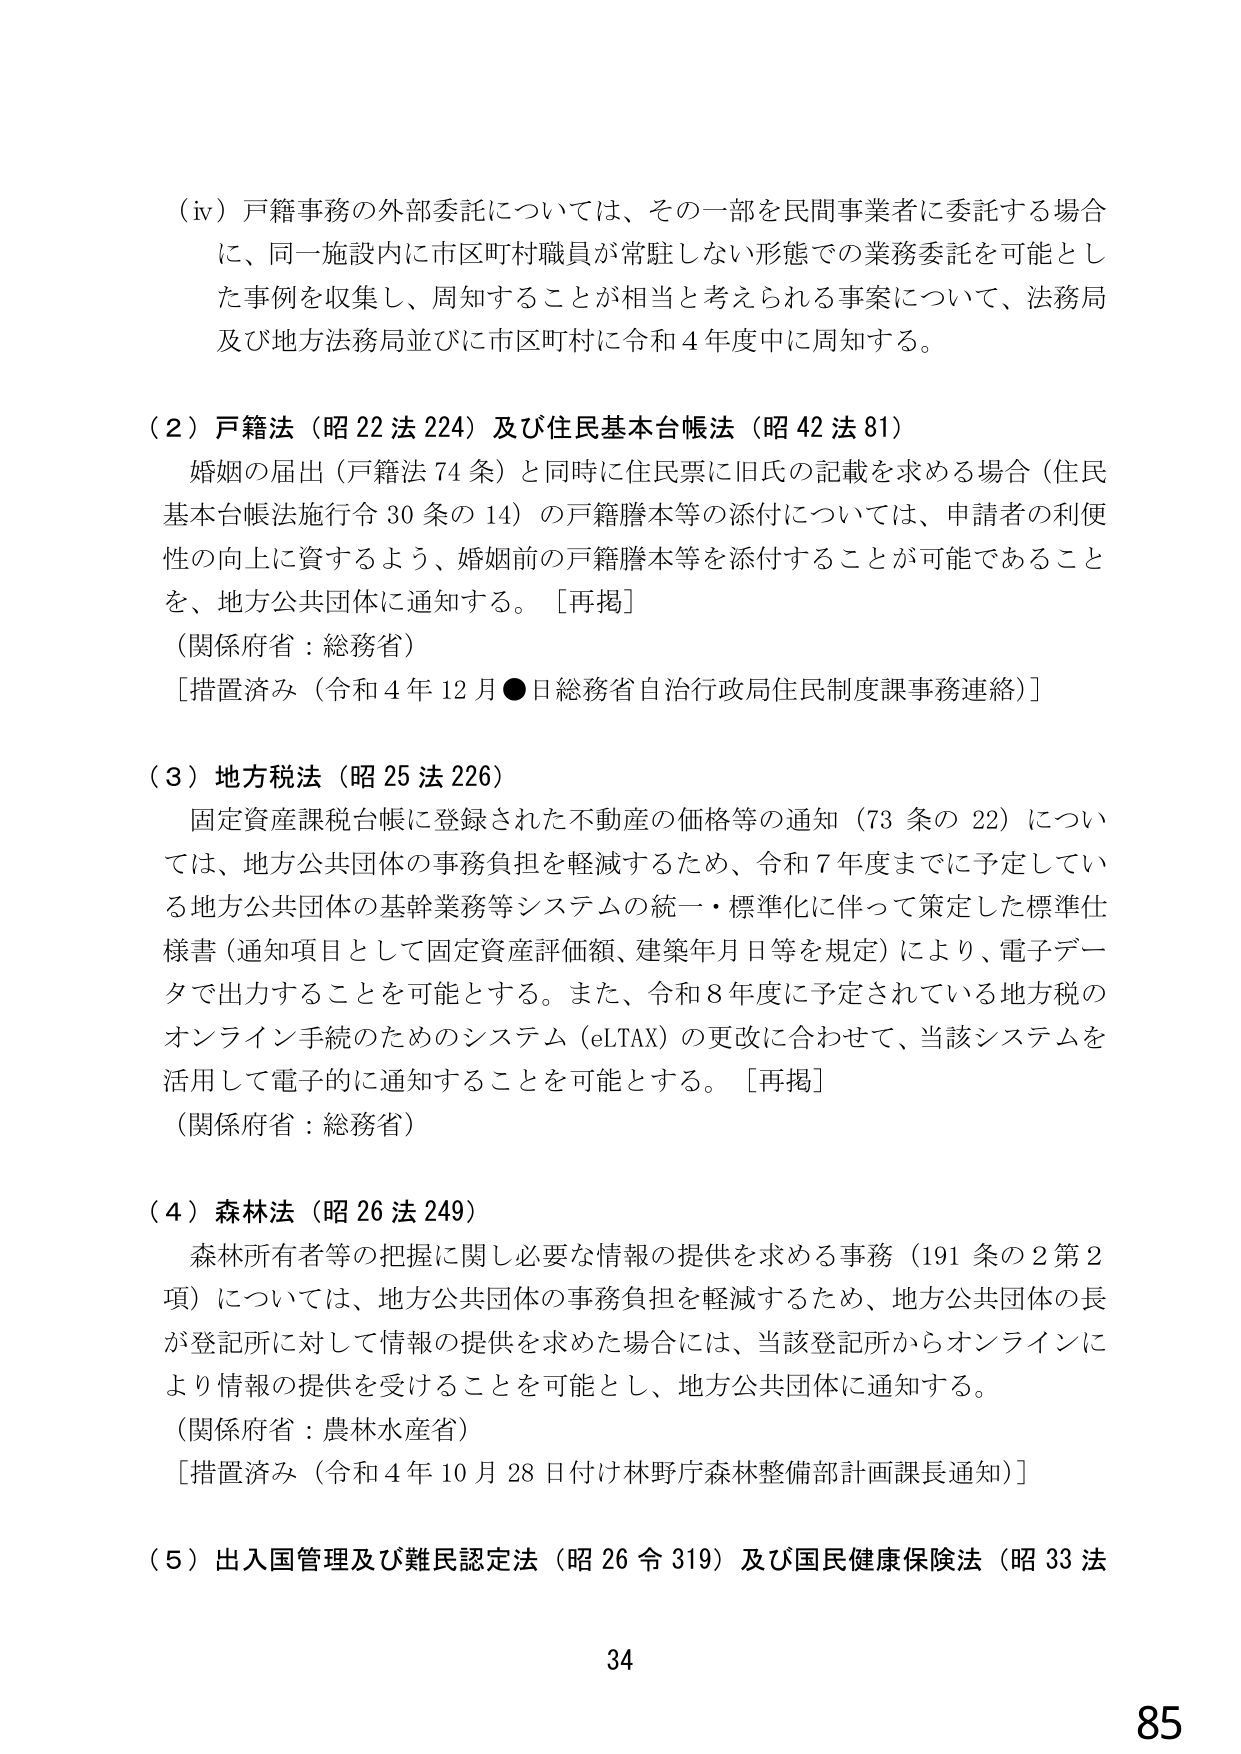
（iv）戸籍事務の外部委託については、その一部を民間事業者に委託する場合に、同一施設内に市区町村職員が常駐しない形態での業務委託を可能とした事例を収集し、周知することが相当と考えられる事案について、法務局及び地方法務局並びに市区町村に令和４年度中に周知する。

（２）戸籍法（昭22法224）及び住民基本台帳法（昭42法81）
　婚姻の届出（戸籍法74条）と同時に住民票に旧氏の記載を求める場合（住民基本台帳法施行令30条の14）の戸籍謄本等の添付については、申請者の利便性の向上に資するよう、婚姻前の戸籍謄本等を添付することが可能であることを、地方公共団体に通知する。［再掲］
（関係府省：総務省）
［措置済み（令和４年12月●日総務省自治行政局住民制度課事務連絡）］

（３）地方税法（昭25法226）
　固定資産課税台帳に登録された不動産の価格等の通知（73条の22）については、地方公共団体の事務負担を軽減するため、令和７年度までに予定している地方公共団体の基幹業務等システムの統一・標準化に伴って策定した標準仕様書（通知項目として固定資産評価額、建築年月日等を規定）により、電子データで出力することを可能とする。また、令和８年度に予定されている地方税のオンライン手続のためのシステム（eLTAX）の更改に合わせて、当該システムを活用して電子的に通知することを可能とする。［再掲］
（関係府省：総務省）

（４）森林法（昭26法249）
　森林所有者等の把握に関し必要な情報の提供を求める事務（191条の2第2項）については、地方公共団体の事務負担を軽減するため、地方公共団体の長が登記所に対して情報の提供を求めた場合には、当該登記所からオンラインにより情報の提供を受けることを可能とし、地方公共団体に通知する。
（関係府省：農林水産省）
［措置済み（令和４年10月28日付け林野庁森林整備部計画課長通知）］

（５）出入国管理及び難民認定法（昭26令319）及び国民健康保険法（昭33法

34
85